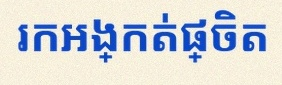
រកអង្កត់ផ្ចិត